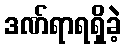
ဒဏ်ရာရရှိခဲ့